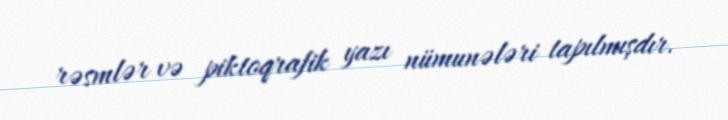
rəsmlər və piktoqrafik yazı nümunələri tapılmışdır.